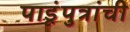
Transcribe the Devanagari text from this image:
पाडूंपुत्रांची